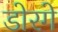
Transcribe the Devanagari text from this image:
डोरगे